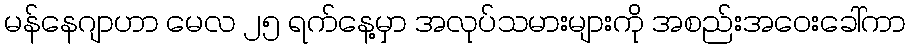
မန်နေဂျာဟာ မေလ ၂၅ ရက်နေ့မှာ အလုပ်သမားများကို အစည်းအဝေးခေါ်ကာ